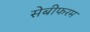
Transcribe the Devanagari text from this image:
सेबीफरम